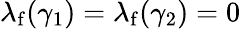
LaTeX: \lambda_{\mathrm{f}}(\gamma_{1})=\lambda_{\mathrm{f}}(\gamma_{2})=0